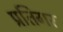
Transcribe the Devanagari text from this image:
प्रतिगर